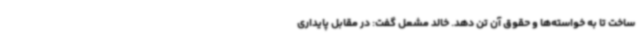
ساخت تا به خواسته‌ها و حقوق آن تن دهد. خالد مشعل گفت: در مقابل پایداری